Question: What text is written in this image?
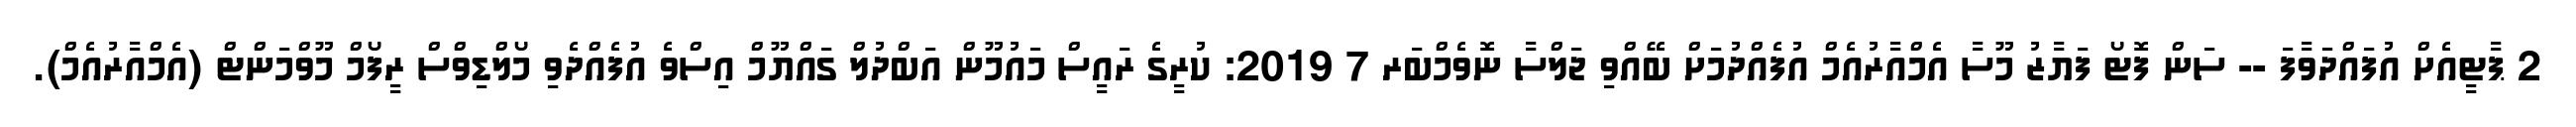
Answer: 2 ޕާޓީއެށް އުފައްދަވާފަ -- ސަން ފޮޓޯ ފަޔާޒު މޫސާ އެމްއާރުއެމް އުފެއްދުމަށް ބޭއްވި ޖަލްސާ ނޮވެމްބަރ 7 2019: ކުރީގެ ރައީސް މައުމޫން އަބްދުލް ގައްޔޫމް އިސްވެ އުފެއްދެވި މޯލްޑިވްސް ރީފޯމް މޫވްމަންޓް (އެމްއާރުއެމް).